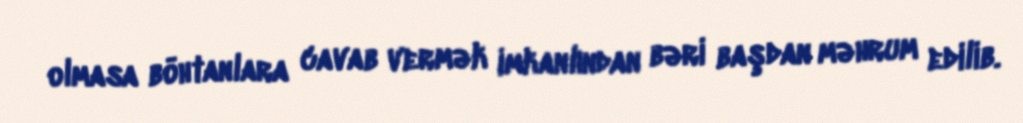
olmasa böhtanlara cavab vermək imkanlından bəri başdan məhrum edilib.